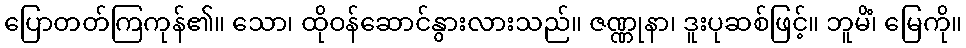
ပြောတတ်ကြကုန်၏။ သော၊ ထိုဝန်ဆောင်နွားလားသည်။ ဇဏ္ဏုနာ၊ ဒူးပုဆစ်ဖြင့်။ ဘူမိံ၊ မြေကို။